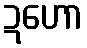
ဍဟော